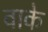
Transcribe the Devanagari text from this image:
वाके